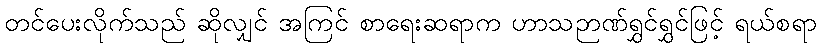
တင်ပေးလိုက်သည် ဆိုလျှင် အကြင် စာရေးဆရာက ဟာသဉာဏ်ရွှင်ရွှင်ဖြင့် ရယ်စရာ